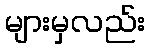
များမှလည်း